Report on the working of the Ranchi Indian Mental Hospital, Kanke, in Bihar and Orissa - 1930-1940
Year: 1930
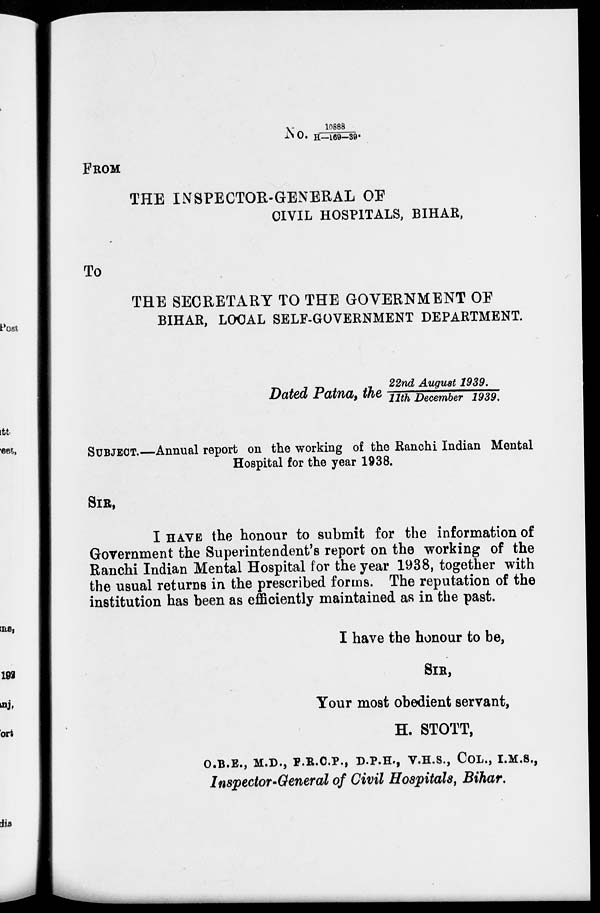
No. 10888/H—169—39
FROM
THE INSPECTOR-GENERAL OF
CIVIL HOSPITALS, BIHAR,
To
THE SECRETARY TO THE GOVERNMENT OF
BIHAR, LOCAL SELF-GOVERNMENT DEPARTMENT.
Dated Patna, the 22nd Augus t 1 9 3 9 / 1 1 t h December 1939.
SUBJECT.—Annual report on the working of the Ranchi Indian Mental
Hospital for the year 1938.
SIR,
I HAVE the honour to submit for the information of
Government the Superintendent's report on the working of the
Ranchi Indian Mental Hospital for the year 1938, together with
the usual returns in the prescribed, forms. The reputation of the
institution has been as efficiently maintained as in the past.
I have the honour to be,
SIR,
Your most obedient servant,
H. STOTT,
O.B.E., M.D., F.R.C.P., D.P.H., V.H.S., COL., I.M.S.,
Inspector-General of Civil Hospitals, Bihar.